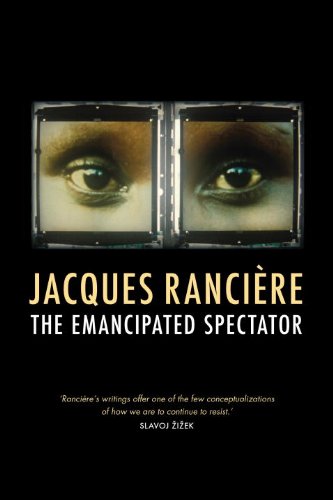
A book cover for The Emancipated Spectator; Jacques Ranciere; Politics & Social Sciences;